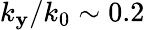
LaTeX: k_{\mathbf{y}}/k_{0}\sim0.2